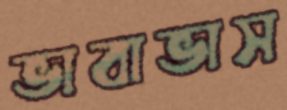
ভাবাভাস